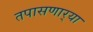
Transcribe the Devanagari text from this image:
तपासणार्‍या